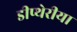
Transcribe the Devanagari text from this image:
डीप्थेरीया